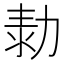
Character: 𠡾